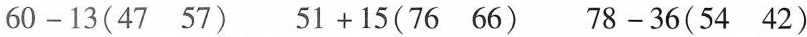
$$6 0 - 1 3 ( 4 7 5 7 )$$ $$5 1 + 1 5 ( 7 6 6 6 )$$ $$7 8 - 3 6 ( 5 4 4 2 )$$